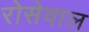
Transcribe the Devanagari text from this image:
रोसेवाल